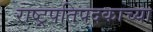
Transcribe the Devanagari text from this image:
राष्ट्रपतिपदकाच्या